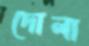
দোলা